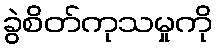
ခွဲစိတ်ကုသမှုကို